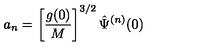
a _ { n } = \left[ \frac { g ( 0 ) } { M } \right] ^ { 3 / 2 } \hat { \Psi } ^ { ( n ) } ( 0 )